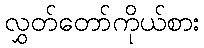
လွှတ်တော်ကိုယ်စား